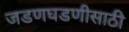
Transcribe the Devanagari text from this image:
जडणघडणीसाठी